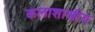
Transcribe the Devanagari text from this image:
कलाशास्त्रीय